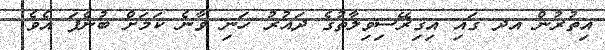
އިތުރުން އދ ގައި އިގިރޭސިވިލާތުގެ ދައުރު ހަނި ވާނެ ކަމަށް ބުނެފަ އެވެ.